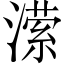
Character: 潆